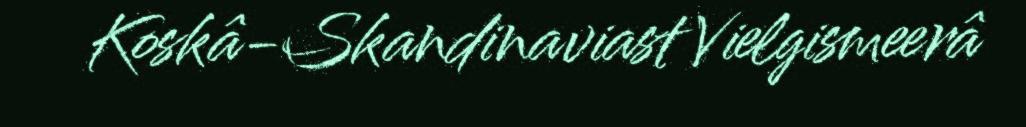
Koskâ-Skandinaviast Vielgismeerâ